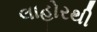
લાહોરથી